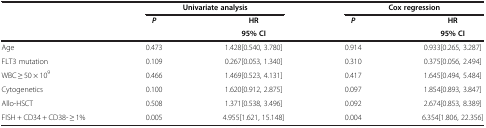
| <ROWSPAN=3>  | <COLSPAN=2> Univariate analysis | <COLSPAN=2> Cox regression |
 | <ROWSPAN=2> P | HR | <ROWSPAN=2> P | HR |
 | 95% CI | 95% CI |
 | --- | --- | --- | --- | --- |
 | Age | 0.473 | 1.428[0.540, 3.780] | 0.914 | 0.933[0.265, 3.287] |
 | FLT3 mutation | 0.109 | 0.267[0.053, 1.340] | 0.310 | 0.375[0.056, 2.494] |
 | WBC ≥ 50 × 109 | 0.466 | 1.469[0.523, 4.131] | 0.417 | 1.645[0.494, 5.484] |
 | Cytogenetics | 0.100 | 1.620[0.912, 2.875] | 0.097 | 1.854[0.893, 3.847] |
 | Allo-HSCT | 0.508 | 1.371[0.538, 3.496] | 0.092 | 2.674[0.853, 8.389] |
 | FISH + CD34 + CD38- ≥ 1% | 0.005 | 4.955[1.621, 15.148] | 0.004 | 6.354[1.806, 22.356] |